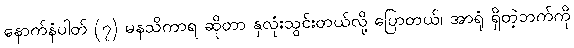
နောက်နံပါတ် (၇) မနသိကာရ ဆိုတာ နှလုံးသွင်းတယ်လို့ ပြောတယ်၊ အာရုံ ရှိတဲ့ဘက်ကို